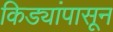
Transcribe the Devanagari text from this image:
किड्यांपासून